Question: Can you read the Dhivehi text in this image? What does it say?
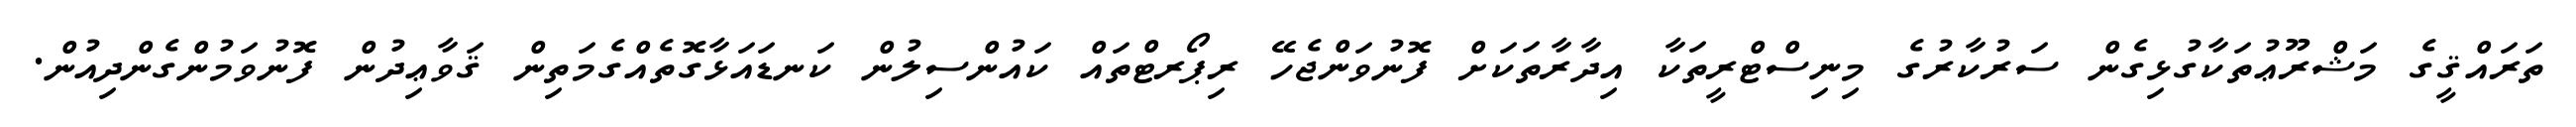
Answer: ތަރައްޤީގެ މަޝްރޫޢުތަކާގުޅިގެން ސަރުކާރުގެ މިނިސްޓްރީތަކާ އިދާރާތަކަށް ފޮނުވަންޖެހޭ ރިޕޯރޓްތައް ކައުންސިލުން ކަނޑައަޅާގޮތެއްގެމަތިން ޤަވާޢިދުން ފޮނުވަމުންގެންދިއުން.